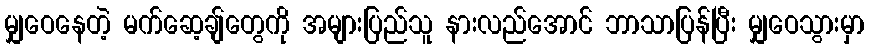
မျှဝေနေတဲ့ မက်ဆေ့ချ်တွေကို အများပြည်သူ နားလည်အောင် ဘာသာပြန်ပြီး မျှဝေသွားမှာ